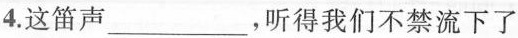
4.这笛声___，听得我们不禁流下了